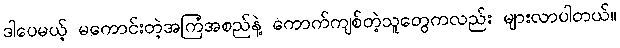
ဒါပေမယ့် မကောင်းတဲ့အကြံအစည်နဲ့ ကောက်ကျစ်တဲ့သူတွေကလည်း များလာပါတယ်။